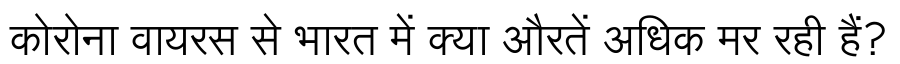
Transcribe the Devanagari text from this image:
कोरोना वायरस से भारत में क्या औरतें अधिक मर रही हैं?